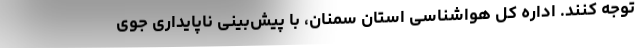
توجه کنند. اداره کل هواشناسی استان سمنان، با پیش‌بینی ناپایداری جوی